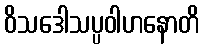
ဝိသဒေါသပ္ပဝါဟနောတိ